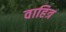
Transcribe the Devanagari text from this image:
वाहित्र